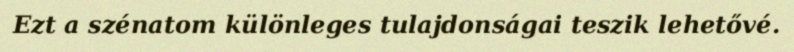
Ezt a szénatom különleges tulajdonságai teszik lehetővé.